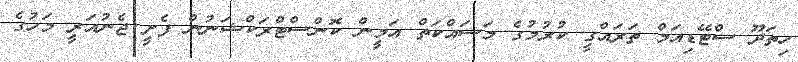
ހިތަދޫ ސްޓޭޑިއަމް ތަރައްގީ ކުރުމުގެ މަސައްކަތް އަމީން ކޮންސްޓްރަކްޝަނުން ފެށީ ޖެނުއަރީ މަހުގެ